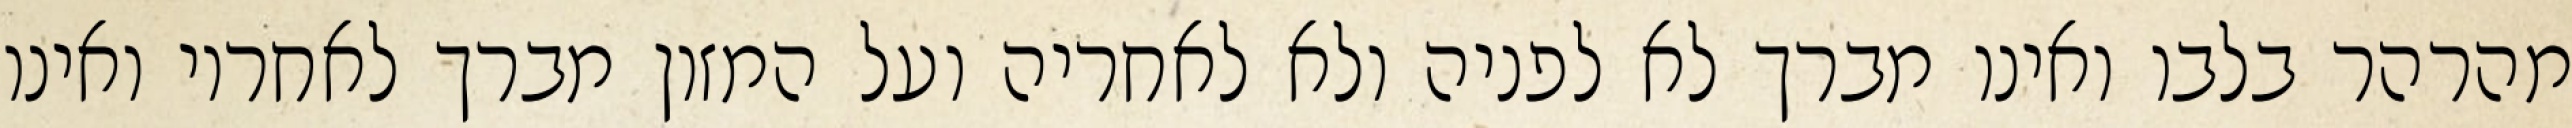
מהרהר בלבו ואינו מברך לא לפניה ולא לאחריה ועל המזון מברך לאחריו ואינו